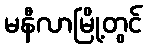
မနီလာမြို့တွင်